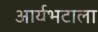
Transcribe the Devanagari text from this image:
आर्यभटाला